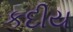
કદીય